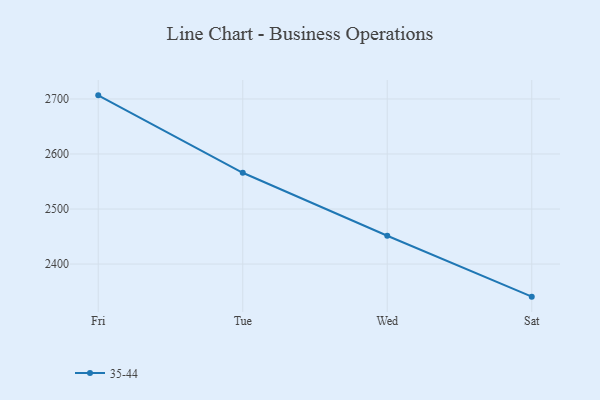
{"axis": {"x": "Day", "y": "Shipments"}, "legend": ["35-44"], "data": [{"x": "Fri", "y": 2706.6, "type": "35-44"}, {"x": "Tue", "y": 2565.9, "type": "35-44"}, {"x": "Wed", "y": 2451.4, "type": "35-44"}, {"x": "Sat", "y": 2340.8, "type": "35-44"}]}